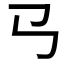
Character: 𢎘